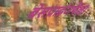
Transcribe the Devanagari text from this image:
बेसप्राईजपेक्षा